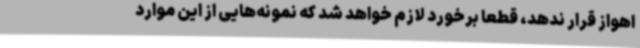
اهواز قرار ندهد، قطعا برخورد لازم خواهد شد که نمونه‌هایی از این موارد